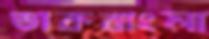
ডাকবাংলা